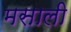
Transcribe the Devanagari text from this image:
मसाली